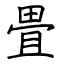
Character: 畳